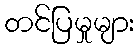
တင်ပြမှုများ